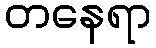
တနေရာ